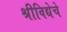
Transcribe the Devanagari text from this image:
श्रीविद्येचे